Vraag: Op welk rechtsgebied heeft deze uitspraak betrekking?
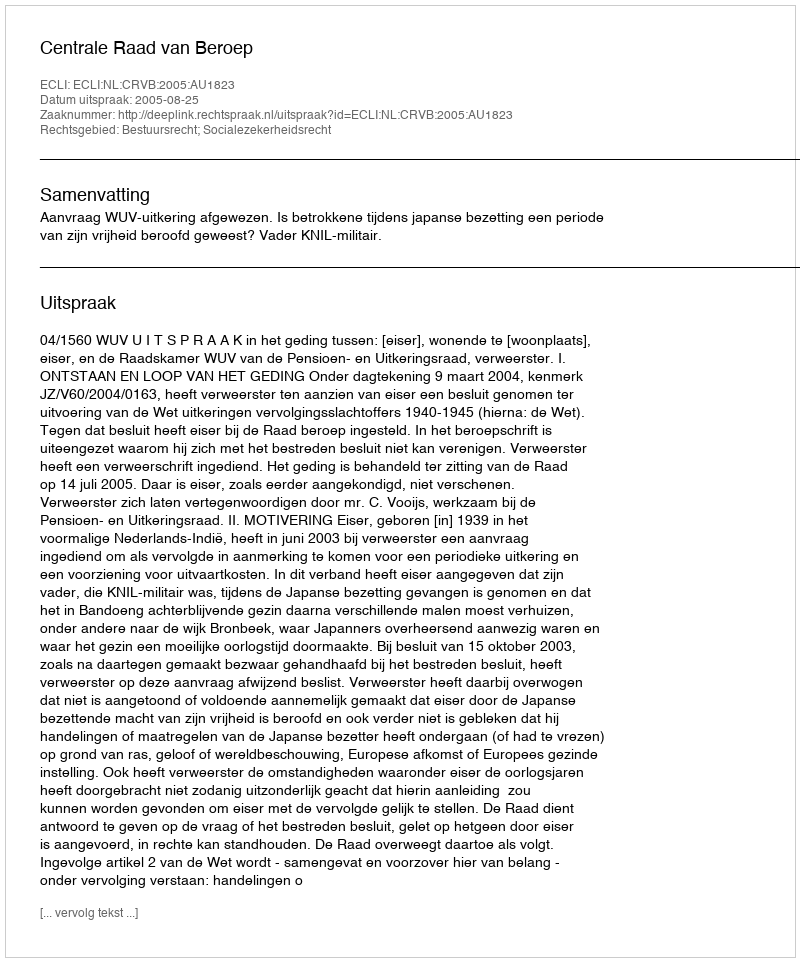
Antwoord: Bestuursrecht; Socialezekerheidsrecht